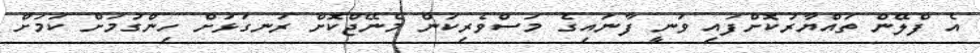
އެ ފްލޭން ތައްޔާރުކޮށްފައި ވަނީ ފާނައިގެ މަސްވެރިކަން މެނޭޖްކޮށް ރަނގަޅަށް ހިންގުމަށް ކަމަށް